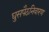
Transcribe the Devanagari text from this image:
घुसपैठनिवारण